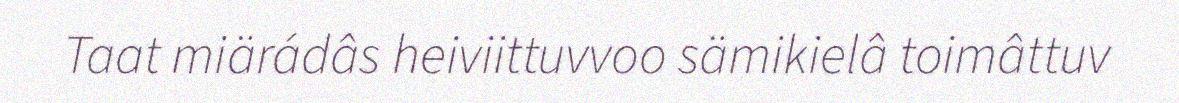
Taat miärádâs heiviittuvvoo sämikielâ toimâttuv